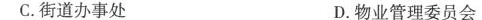
C.街道办事处 D.物业管理委员会